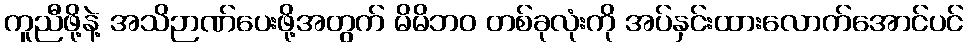
ကူညီဖို့နဲ့ အသိဉာဏ်ပေးဖို့အတွက် မိမိဘဝ တစ်ခုလုံးကို အပ်နှင်းထားလောက်အောင်ပင်